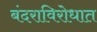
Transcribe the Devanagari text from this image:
बंदराविरोधात